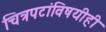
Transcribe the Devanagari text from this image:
चित्रपटांविषयीही